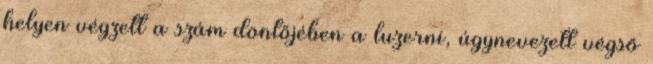
helyen végzett a szám döntőjében a luzerni, úgynevezett végső